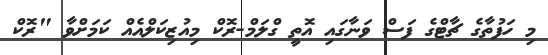
މި ހަފުތާގެ ޗާޓްގެ ފަސް ވަނާގައި އޮތީ ގްލަމް-ރޮކް މިއުޒިކަލްއެއް ކަމަށްވާ "ރޮކް